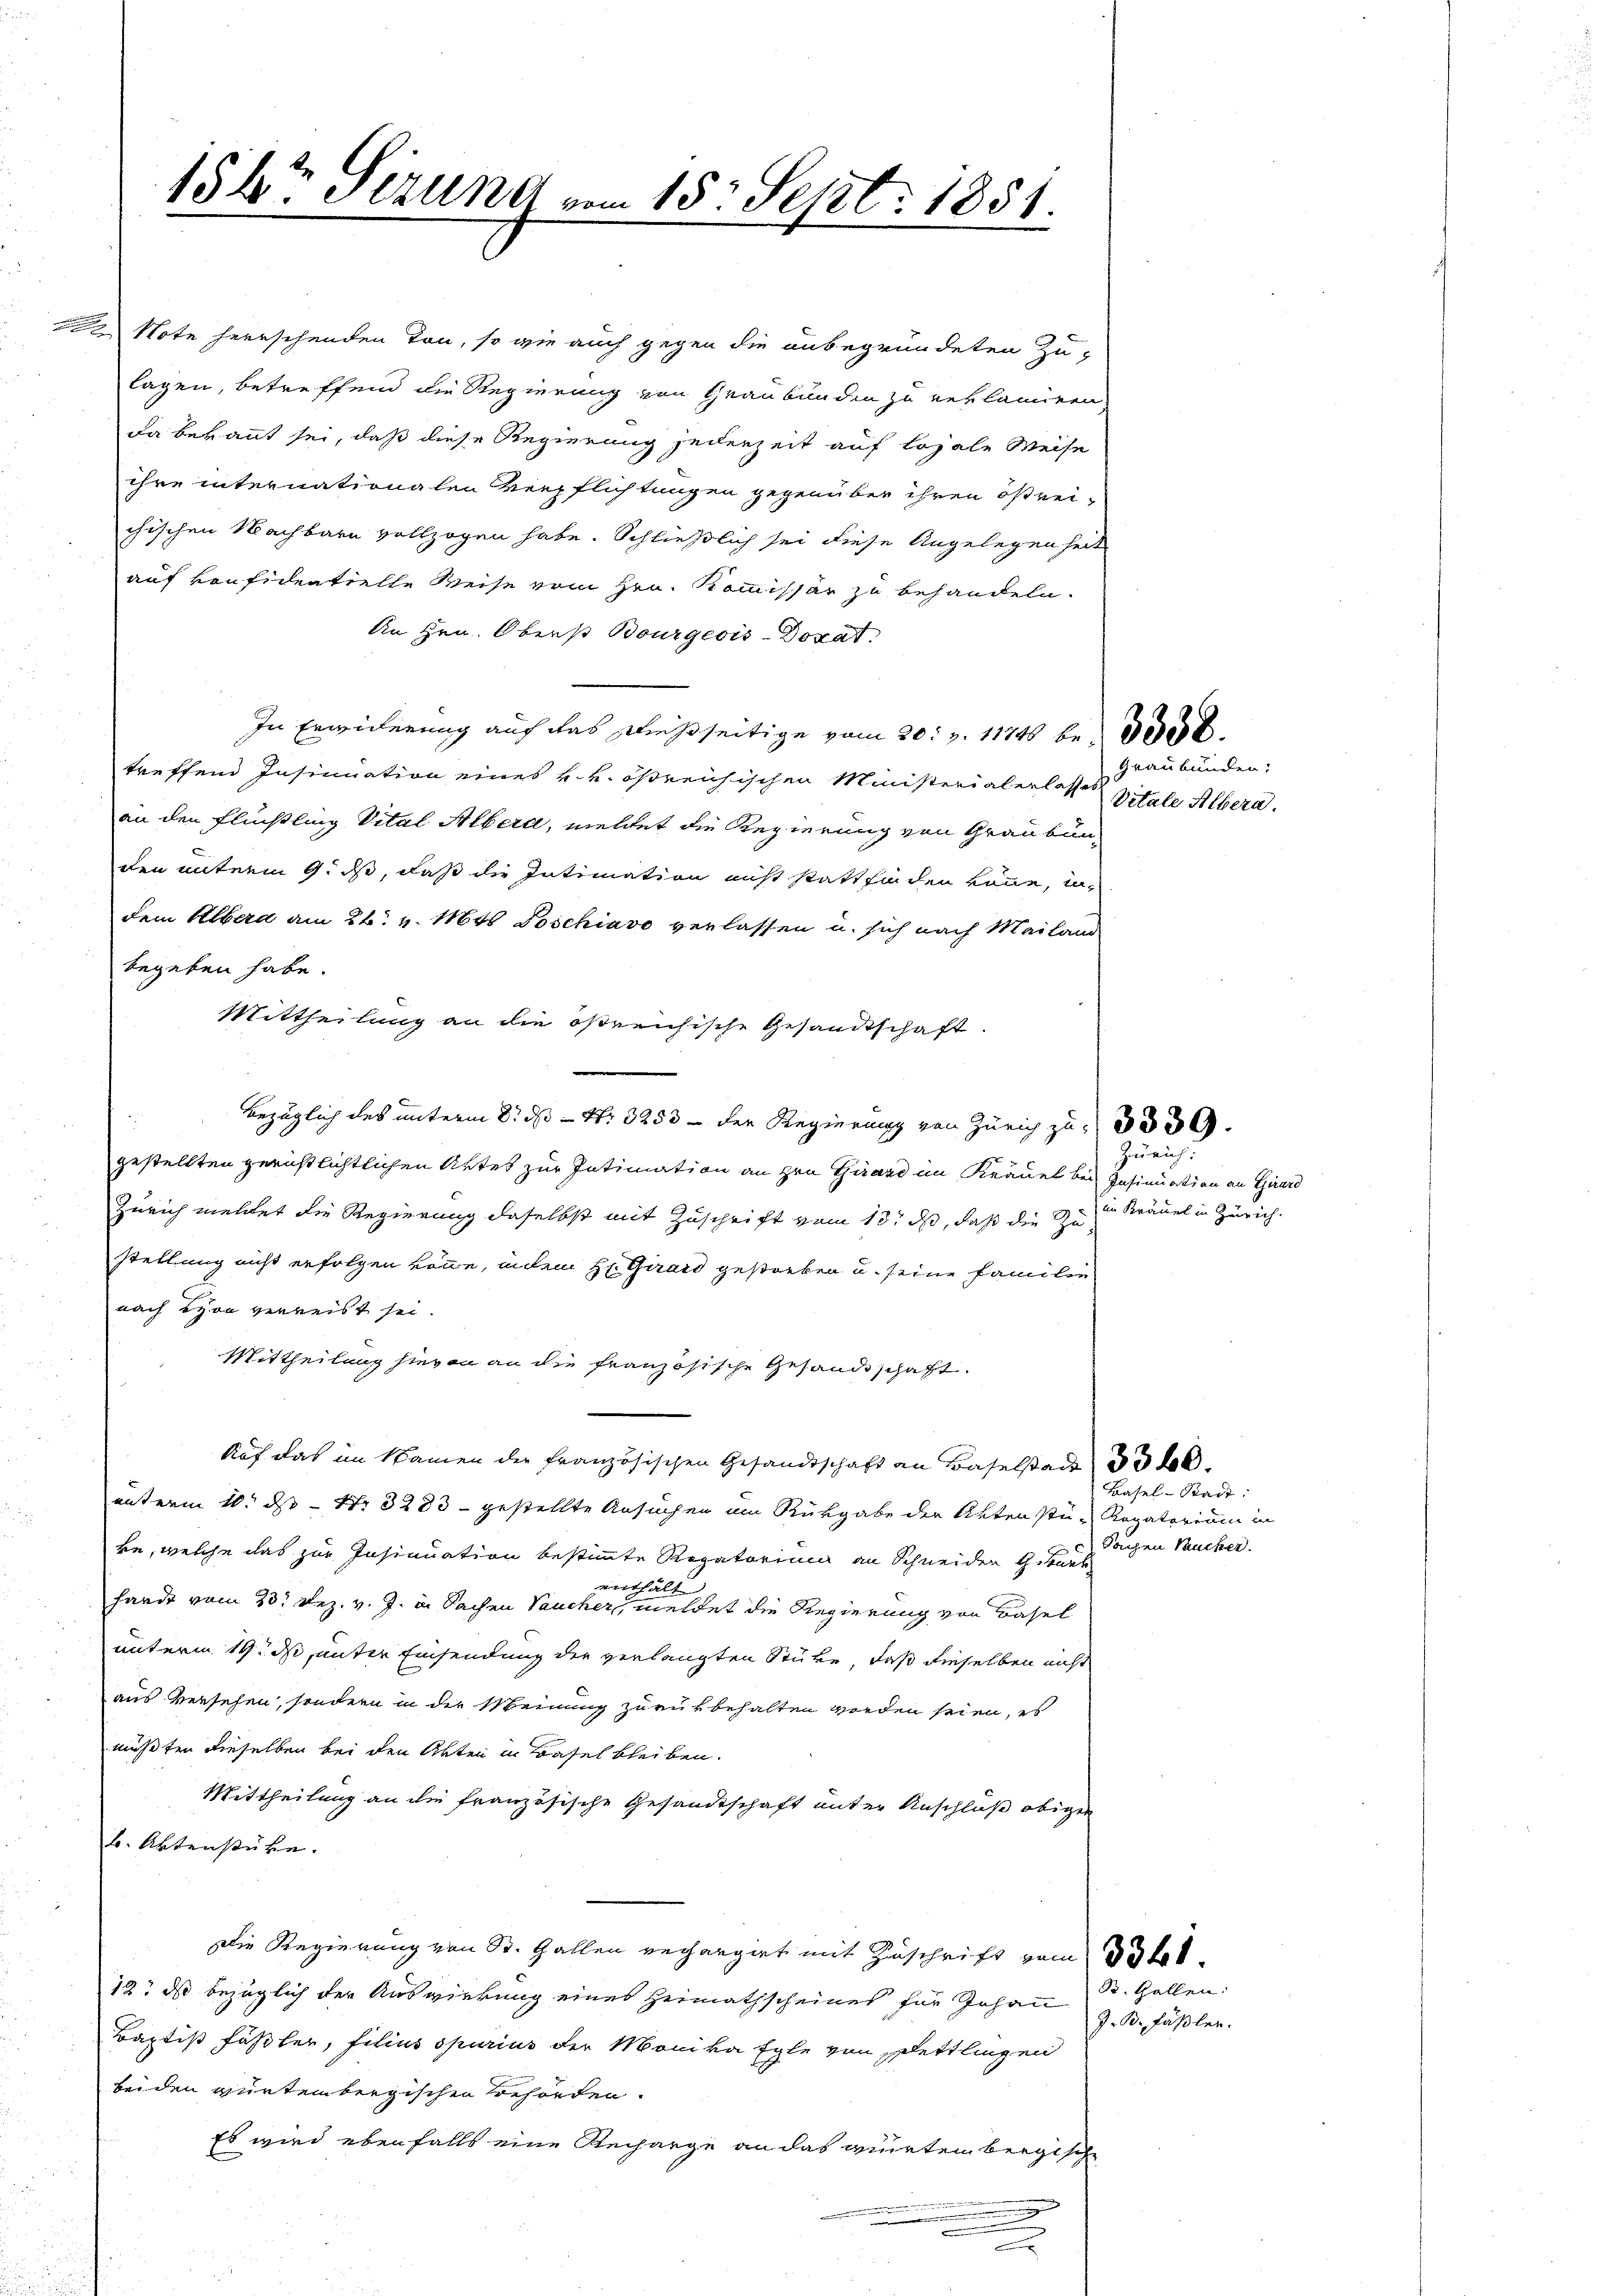
156ten Sizung vom 15. Sept. 1851.

222 Note herrschenden Ton, so wie auch gegen die anbegründeten Zu-
lagen, betreffend die Regierung von Graubünden zu reklamiren
Da bekannt sei, daß diese Regierung jederzeit auf loyale Weise
ihre internationalen Verpflichtungen gegenüber ihren östrei-
chischen Nachbarn vollzogen habe. Schließlich sei diese Angelegenheit
auf vonfidentielle Weise vom Hrn. Kommissär zu behandeln.
An Hrn. Oberst Bourgeois-Doxat
In Erwiderung auch das dießseitige vom 20. Z. 11748 best
treffend Insinuation eines v. v. ößreichischen Ministerialerlasses Vitale Alberaan den Flüchtling Vital Albera, meldet die Regierung von Graubünden unterm 9. ds, daß die Intimation nicht stattfinden könne, indem Albera am 26. v. Mts Poschiavo verlassen u. sich nach Mailand
begeben habe.
Mittheilung an die ößreichische Gesandtschaft.
bezüglich des unterm 8. ds Nr. 3253 — der Regierung von Zürich zu
gestellten gerichtlichtlichen Artes zur Intimation an den Girard im Kräuel bei Insinuation an Girard
Zürich meldet die Regierung daselbst mit Zuschrift vom 13. ds, daß die Zustellung nicht erfolgen könne, indem Hr. Girard gestorben u. seine Familie
nach eyon verreist sei.
Mittheilung hievon an die französische Gesandtschaft.
Auf das im Namen der französischen Gesandtschaft an Baselstad 33
unterm 10. ds. - Nr. 3283 - gestellte Ansuchen im Rückgabe der Aktenstü- Rogatorium in
ke, welche das zur Insinuation bestimmte Regatorium an Schneiden Girarb
enthält
hande vom 23. Dez. v. J. in Sachen Taucher, meldet die Regierung von Basel
unterm 19. ds, unter Einsendung der verlangten Stüre, daß dieselben nicht
aus versehen, sondern in der Meinung zurükbehalten worden seien, es
mußten dieselben bei den Akten in Basel bleiben.
Mittheilung an die französische Gesandtschaft unter Anschluß obigen
. Aktenstücke.
Die Regierung von St. Gallen rechargirt mit Zuschrift vom Vater
12. ds bezüglich der Auswirkung eines Heimathscheines für Johann B. Gallen:
Baptist Füssler, filius spurius der Moniva Egle von Dettlingen
beiden würtembergischen Behörden.
Es wird ebenfalls eine Recharge an das würtembergische
.

Graubünden:

Zürich.
in Kräuel in Zürich.

Basel-Stadt:
Sachen Pucher.

J. B. Fäßler.